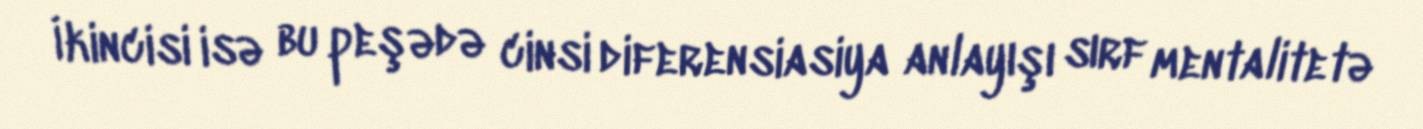
İkincisi isə bu peşədə cinsi diferensiasiya anlayışı sırf mentalitetə